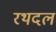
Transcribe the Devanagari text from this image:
रथदल